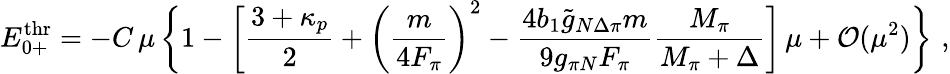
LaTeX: E_{0+}^{\mathrm{thr}}=-C\, \mu\, \biggl\{ 1-\biggl[\frac{3+\kappa_{p}}{2}+\biggl(\frac{m}{4F_{\pi}}\biggr)^{2}-\frac{4b_{1}\tilde{g}_{N\Delta\pi}m}{9g_{\pi N}F_{\pi}}\frac{M_{\pi}}{M_{\pi}+\Delta}\biggr]\, \mu+{\cal O}(\mu^{2})\biggr\} \, \, ,